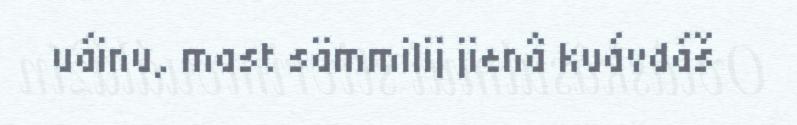
uáinu, mast sämmilij jienâ kuávdáš